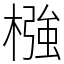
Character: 𣚦